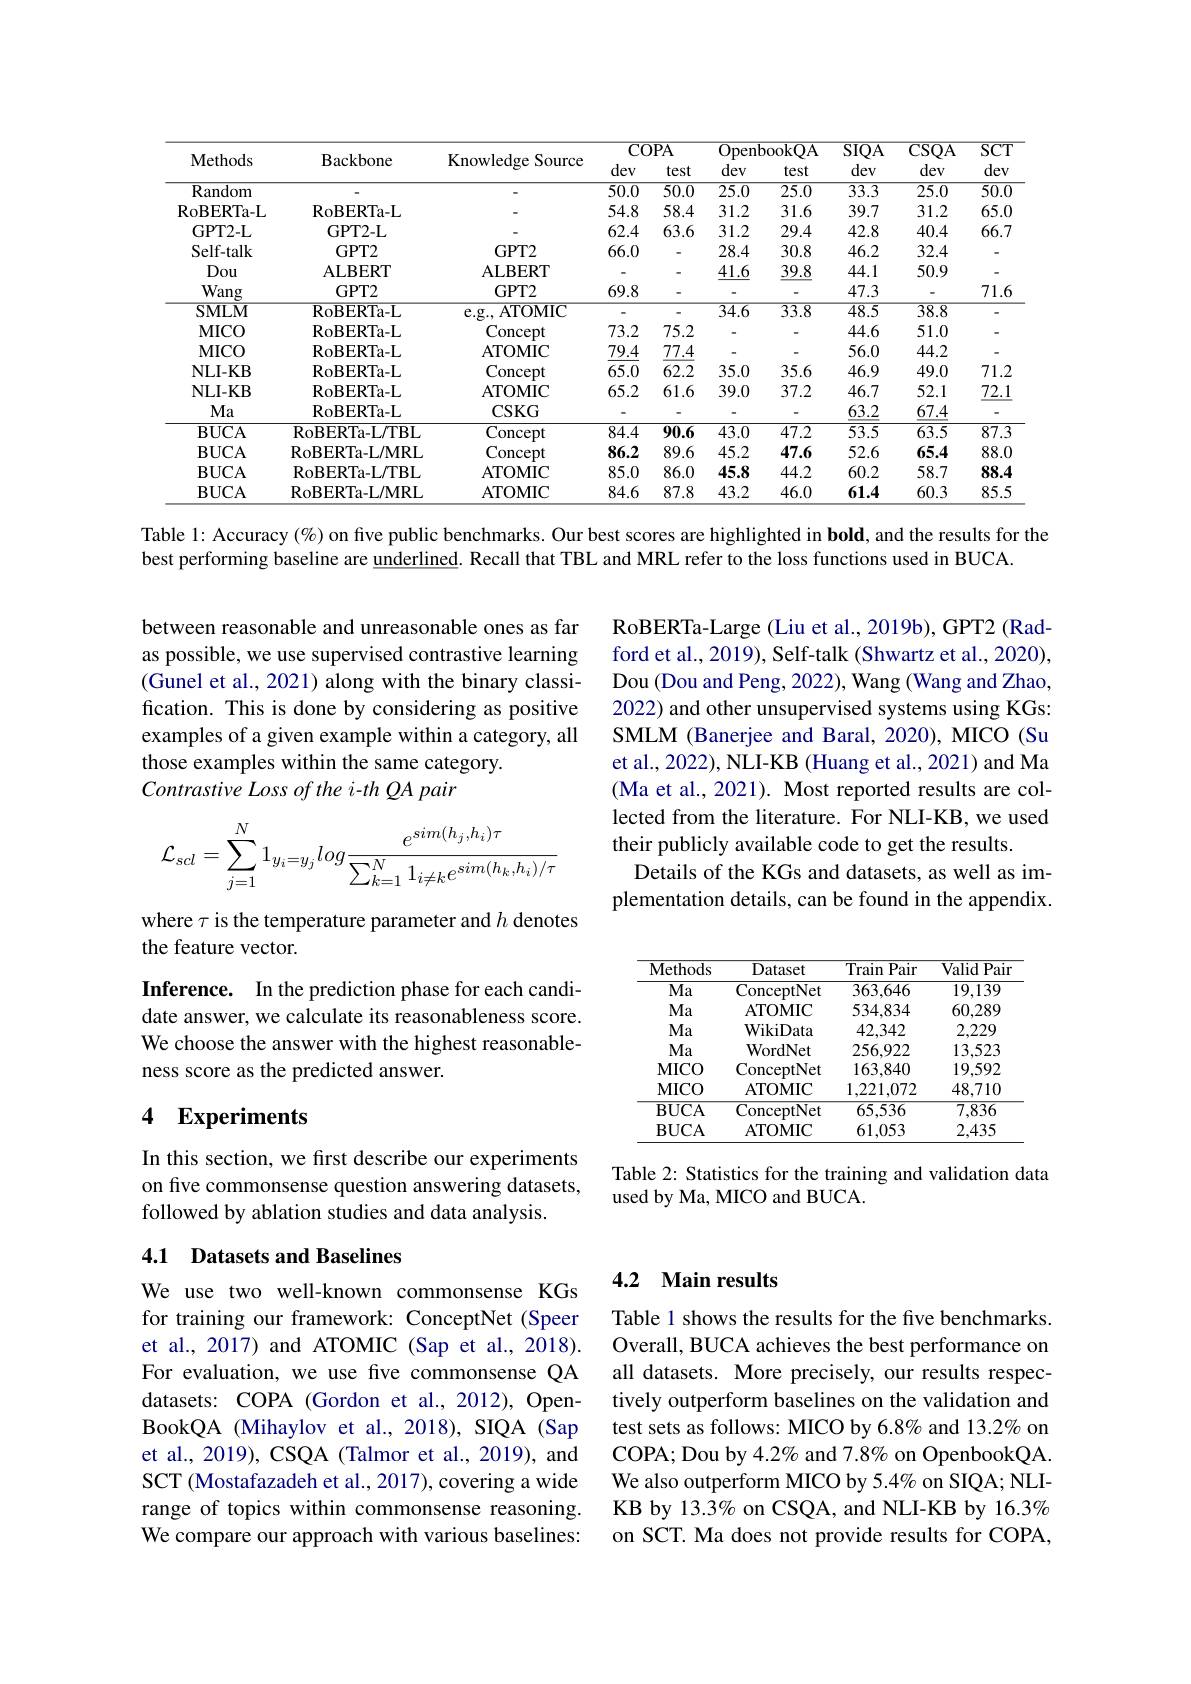
<table>
	<tbody>
		<tr>
			<th rowspan="2">Methods</th>
			<th rowspan="2">Backbone</th>
			<th rowspan="2">Knowledge Source</th>
			<th colspan="2">COPA</th>
			<th colspan="2">OpenbookQA</th>
			<th rowspan="2">$\overline{\text{SIQA}}$ dev</th>
			<th rowspan="2">$\overline{\mathrm{CSQA}}$ dev</th>
			<th rowspan="2">$\overline{\mathrm{SCT}}$ dev</th>
		</tr>
		<tr>
			<th>dev</th>
			<th>test</th>
			<th>dev</th>
			<th>test</th>
		</tr>
		<tr>
			<td>Random</td>
			<td> </td>
			<td> </td>
			<td>$\overline{50.0}$</td>
			<td>$\overline{50.0}$</td>
			<td>$\overline{25.0}$</td>
			<td>$\overline{25.0}$</td>
			<td>$\overline{33.3}$</td>
			<td>25.0</td>
			<td>$\overline{50.0}$</td>
		</tr>
		<tr>
			<td>$\operatorname{RoBERTa-L}$</td>
			<td>RoBERTa- L</td>
			<td> </td>
			<td>54.8</td>
			<td>58.4</td>
			<td>31.2</td>
			<td>31.6</td>
			<td>39.7</td>
			<td>31.2</td>
			<td>65.0</td>
		</tr>
		<tr>
			<td>GPT2-L</td>
			<td>GPT2-L</td>
			<td> </td>
			<td>62.4</td>
			<td>63.6</td>
			<td>31.2</td>
			<td>29.4</td>
			<td>42.8</td>
			<td>40.4</td>
			<td>66.7</td>
		</tr>
		<tr>
			<td>Self- talk</td>
			<td>$\mathbf{GPT2}$</td>
			<td>$GPT2$</td>
			<td>66.0</td>
			<td> </td>
			<td>28.4</td>
			<td>30.8</td>
			<td>46.2</td>
			<td>32.4</td>
			<td>-</td>
		</tr>
		<tr>
			<td>Dou</td>
			<td>ALBERT</td>
			<td>ALBERT</td>
			<td> </td>
			<td> </td>
			<td>41.6</td>
			<td>39.8</td>
			<td>44.1</td>
			<td>50.9</td>
			<td>-</td>
		</tr>
		<tr>
			<td>Wang</td>
			<td>GPT2</td>
			<td>$GPT2$</td>
			<td>69.8</td>
			<td> </td>
			<td> </td>
			<td> </td>
			<td>47.3</td>
			<td> </td>
			<td>71.6 </td>
		</tr>
		<tr>
			<td>$\mathbf{SMLM}$</td>
			<td>RoBERTa- L</td>
			<td>e. g. . ATOMIC</td>
			<td> </td>
			<td> </td>
			<td>$\overline{34.6}$</td>
			<td>$\overline{33.8}$</td>
			<td>$\overline{48.5}$</td>
			<td>$\overline{38.8}$</td>
			<td>-</td>
		</tr>
		<tr>
			<td>MICO</td>
			<td>RoBERTa- L</td>
			<td>Concept</td>
			<td>73.2</td>
			<td>75.2</td>
			<td> </td>
			<td> </td>
			<td>44.6</td>
			<td>51.0</td>
			<td>T</td>
		</tr>
		<tr>
			<td>MICO</td>
			<td>RoBERTa- L</td>
			<td>ATOMIC</td>
			<td>79.4</td>
			<td>77.4</td>
			<td> </td>
			<td> </td>
			<td>56.0</td>
			<td>44.2</td>
			<td>-</td>
		</tr>
		<tr>
			<td>NLI- KB</td>
			<td>RoBERTa- L</td>
			<td>Concept</td>
			<td>65.0</td>
			<td>62.2</td>
			<td>35.0</td>
			<td>35.6</td>
			<td>46.9</td>
			<td>49.0</td>
			<td>71.2</td>
		</tr>
		<tr>
			<td>NLI- KB</td>
			<td>RoBERTa-L</td>
			<td>ATOMIC</td>
			<td>65.2</td>
			<td>61.6</td>
			<td>39.0</td>
			<td>37.2</td>
			<td>46.7</td>
			<td>52.1</td>
			<td>$\underline{72.1}$</td>
		</tr>
		<tr>
			<td>$Ma$</td>
			<td>RoBERTa- L</td>
			<td>CSKG</td>
			<td> </td>
			<td> </td>
			<td> </td>
			<td> </td>
			<td>63.2</td>
			<td>67.4</td>
			<td>-</td>
		</tr>
		<tr>
			<td>$\mathbf{BUCA}$</td>
			<td>RoBERTa- L/ TBL</td>
			<td>Concept</td>
			<td>$\overline{84.4}$</td>
			<td>$\overline{90.6}$</td>
			<td>$\overline{43.0}$</td>
			<td>47.2</td>
			<td>53.5</td>
			<td>63.5</td>
			<td>$\overline{87.3}$</td>
		</tr>
		<tr>
			<td>$\mathbf{BUCA}$</td>
			<td>RoBERTa- L/ MRL</td>
			<td>Concept</td>
			<td>86.2</td>
			<td>89.6</td>
			<td>45.2</td>
			<td>47.6</td>
			<td>52.6</td>
			<td>65.4</td>
			<td>88.0</td>
		</tr>
		<tr>
			<td>$\mathbf{BUCA}$</td>
			<td>RoBERTa- L/ TBL</td>
			<td>ATOMIC</td>
			<td>85.0</td>
			<td>86.0</td>
			<td>45.8</td>
			<td>44.2</td>
			<td>60.2</td>
			<td>58.7</td>
			<td>88.4 </td>
		</tr>
		<tr>
			<td>$\mathbf{BUCA}$</td>
			<td>RoBERTa- L/ MRL</td>
			<td>ATOMIC</td>
			<td>84.6</td>
			<td>87.8</td>
			<td>43.2</td>
			<td>46.0</td>
			<td>61.4</td>
			<td>60.3</td>
			<td>85.5</td>
		</tr>
	</tbody>
</table>

Table 1: Accuracy (%) on five public benchmarks. Our best scores are highlighted in bold, and the results for the

best performing baseline are underlined. Recall that TBL and MRL refer to the loss functions used in BUCA.

between reasonable and unreasonable ones as far as possible, we use supervised contrastive learning (Gunel et al., 2021) along with the binary classification. This is done by considering as positive examples of a given example within a category, all those examples within the same category.
Contrastive Loss of the i-th QA pair

RoBERTa-Large (Liu et al., 2019b), GPT2 (Radford et al., 2019), Self-talk (Shwartz et al., 2020), Dou (Dou and Peng, 2022), Wang (Wang and Zhao, 2022) and other unsupervised systems using KGs: SMLM (Banerjee and Baral, 2020), MICO (Su et al., 2022), NLI-KB (Huang et al., 2021) and Ma (Ma et al., 2021). Most reported results are collected from the literature. For NLI-KB, we used their publicly available code to get the results.
Details of the KGs and datasets, as well as implementation details, can be found in the appendix.
$$\mathcal{L}_{scl}=\sum_{j=1}^N1_{y_i=y_j}log\frac{e^{sim(h_j,h_i)\tau}}{\sum_{k=1}^N1_{i\neq k}e^{sim(h_k,h_i)/\tau}}$$
where $\tau$ is the temperature parameter and $h$ denotes
the feature vector.

Inference. In the prediction phase for each candidate answer, we calculate its reasonableness score. We choose the answer with the highest reasonableness score as the predicted answer.

<table>
	<tbody>
		<tr>
			<th>Methods</th>
			<th>Dataset</th>
			<th>Train $\overline{\text{Pair}}$</th>
			<th>${\mathrm{Valid~Pain}}$</th>
		</tr>
		<tr>
			<td>$\overline{\mathrm{Ma}}$</td>
			<td>ConceptNet</td>
			<td>363,646</td>
			<td>19,139</td>
		</tr>
		<tr>
			<td>$Ma$</td>
			<td>ATOMIC</td>
			<td>534,834</td>
			<td>60,289</td>
		</tr>
		<tr>
			<td>$Ma$</td>
			<td>WikiData</td>
			<td>42,342</td>
			<td>2,229</td>
		</tr>
		<tr>
			<td>$Ma$</td>
			<td>${\mathrm{WordNet}}$</td>
			<td>256.922</td>
			<td>13.523</td>
		</tr>
		<tr>
			<td>MICO</td>
			<td>ConceptNet</td>
			<td>163.840</td>
			<td>19,592</td>
		</tr>
		<tr>
			<td>MICO</td>
			<td>ATOMIC</td>
			<td>1,221,072</td>
			<td>48,710</td>
		</tr>
		<tr>
			<td>$\overline{\mathrm{BUCA}}$</td>
			<td>ConceptNet</td>
			<td>65,536</td>
			<td>$\overline{7,836}$</td>
		</tr>
		<tr>
			<td>BUCA</td>
			<td>ATOMIC</td>
			<td>61,053</td>
			<td>2,435</td>
		</tr>
	</tbody>
</table>

## 4 Experiments

In this section, we first describe our experiments on five commonsense question answering datasets, followed by ablation studies and data analysis.

Table 2: Statistics for the training and validation data
used by Ma, MICO and BUCA.

### 4.1 Datasets and Baselines

### 4.2 Main results

We use two well-known commonsense KGs for training our framework: ConceptNet (Speer et al., 2017) and ATOMIC (Sap et al., 2018). For evaluation, we use five commonsense QA datasets: COPA (Gordon et al., 2012), OpenBookQA (Mihaylov et al.,2018), SIQA (Sap et al., 2019), CSQA (Talmor et al., 2019), and SCT (Mostafazadeh et al., 2017), covering a wide range of topics within commonsense reasoning. We compare our approach with various baselines:

Table 1 shows the results for the five benchmarks. Overall, BUCA achieves the best performance on all datasets. More precisely, our results respectively outperform baselines on the validation and test sets as follows: MICO by 6.8% and 13.2% on COPA; Dou by $4.2\%$ and 7.8% on OpenbookQA. We also outperform MICO by 5.4% on SIQA; NLIKB by 13.3% on CSQA, and NLI-KB by 16.3% on SCT. Ma does not provide results for COPA,